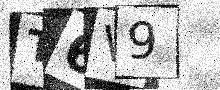
Text: T6V9